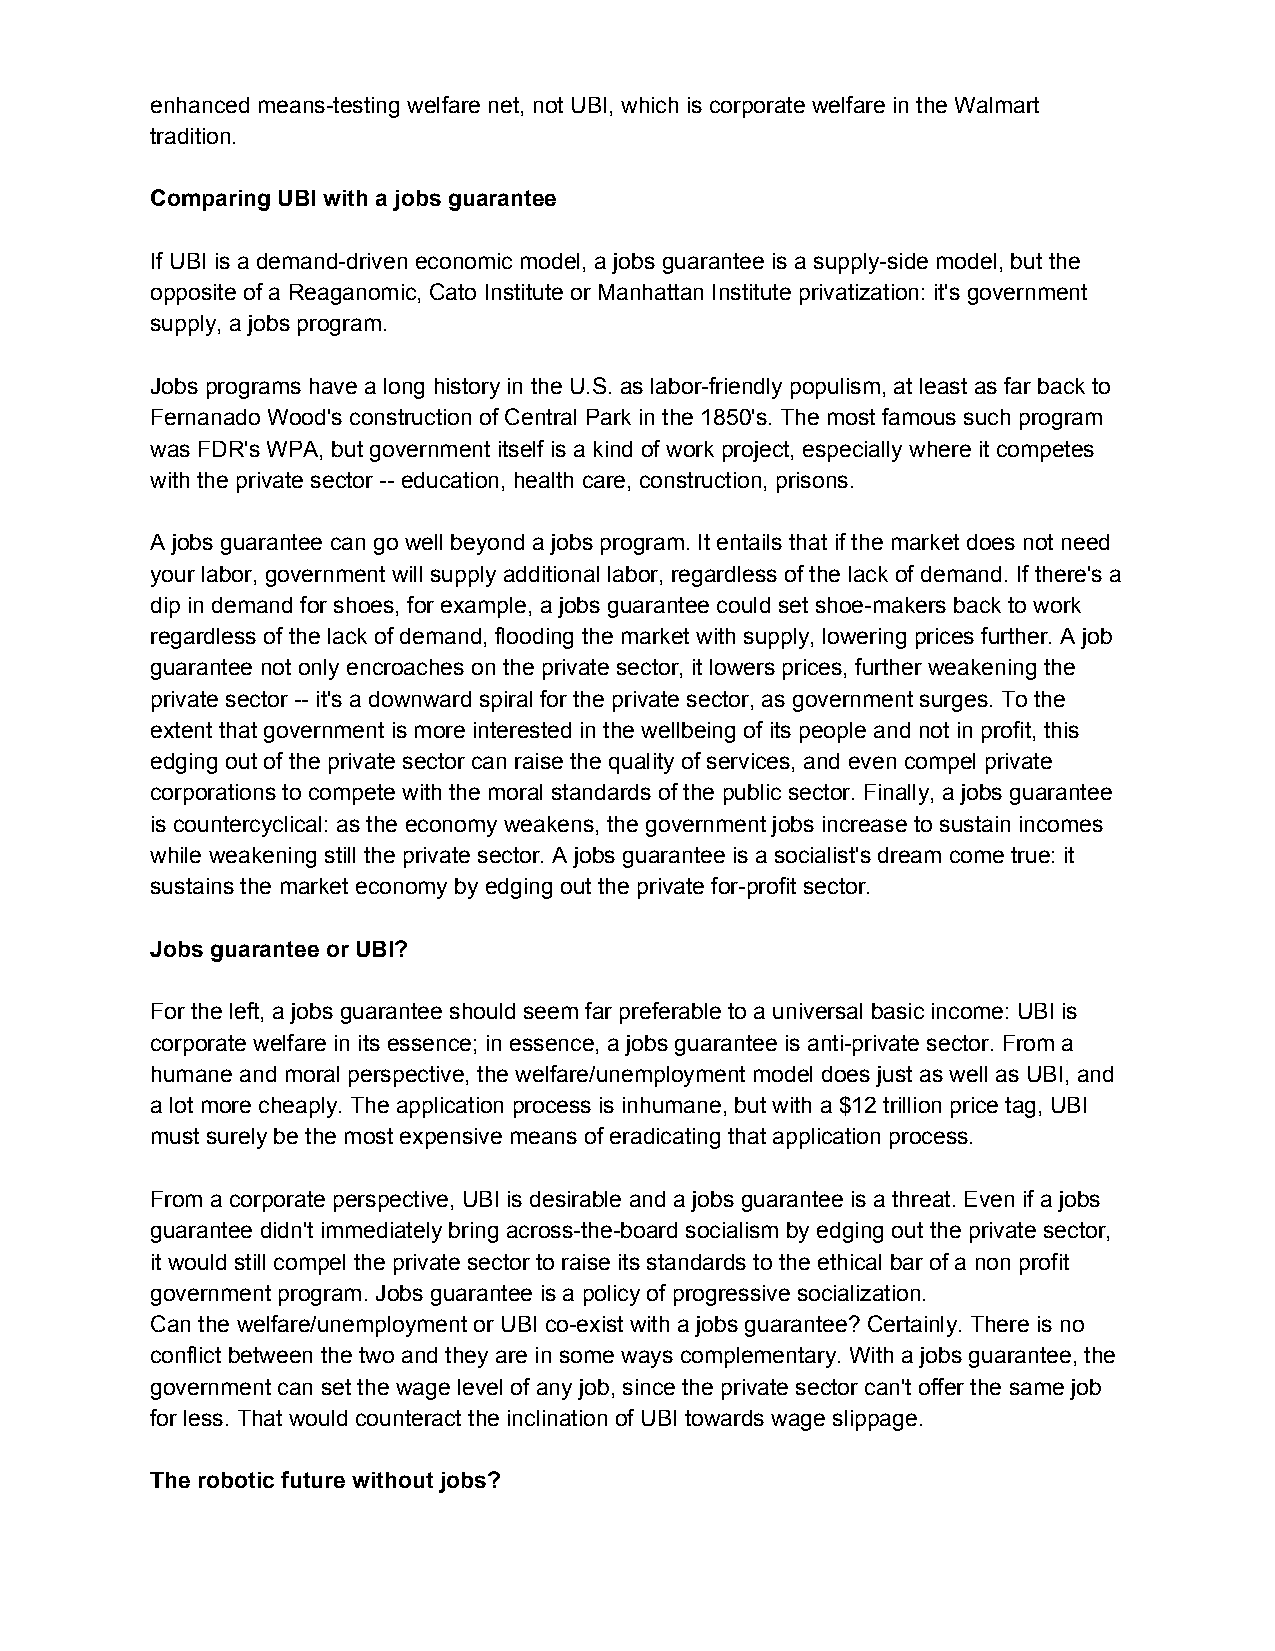
enhanced means-testing welfare net, not UBI, which is corporate welfare in the Walmart
 tradition.
 Comparing UBI with a jobs guarantee
 If UBI is a demand-driven economic model, a jobs guarantee is a supply-side model, but the
 opposite of a Reaganomic, Cato Institute or Manhattan Institute privatization: it's government
 supply, a jobs program.
 Jobs programs have a long history in the U.S. as labor-friendly populism, at least as far back to
 Fernanado Wood's construction of Central Park in the 1850's. The most famous such program
 was FDR's WPA, but government itself is a kind of work project, especially where it competes
 with the private sector -- education, health care, construction, prisons.
 A jobs guarantee can go well beyond a jobs program. It entails that if the market does not need
 your labor, government will supply additional labor, regardless of the lack of demand. If there's a
 dip in demand for shoes, for example, a jobs guarantee could set shoe-makers back to work
 regardless of the lack of demand, flooding the market with supply, lowering prices further. A job
 guarantee not only encroaches on the private sector, it lowers prices, further weakening the
 private sector -- it's a downward spiral for the private sector, as government surges. To the
 extent that government is more interested in the wellbeing of its people and not in profit, this
 edging out of the private sector can raise the quality of services, and even compel private
 corporations to compete with the moral standards of the public sector. Finally, a jobs guarantee
 is countercyclical: as the economy weakens, the government jobs increase to sustain incomes
 while weakening still the private sector. A jobs guarantee is a socialist's dream come true: it
 sustains the market economy by edging out the private for-profit sector.
 Jobs guarantee or UBI?
 For the left, a jobs guarantee should seem far preferable to a universal basic income: UBI is
 corporate welfare in its essence; in essence, a jobs guarantee is anti-private sector. From a
 humane and moral perspective, the welfare/unemployment model does just as well as UBI, and
 a lot more cheaply. The application process is inhumane, but with a $12 trillion price tag, UBI
 must surely be the most expensive means of eradicating that application process.
 From a corporate perspective, UBI is desirable and a jobs guarantee is a threat. Even if a jobs
 guarantee didn't immediately bring across-the-board socialism by edging out the private sector,
 it would still compel the private sector to raise its standards to the ethical bar of a non profit
 government program. Jobs guarantee is a policy of progressive socialization.
 Can the welfare/unemployment or UBI co-exist with a jobs guarantee? Certainly. There is no
 conflict between the two and they are in some ways complementary. With a jobs guarantee, the
 government can set the wage level of any job, since the private sector can't offer the same job
 for less. That would counteract the inclination of UBI towards wage slippage.
 The robotic future without jobs?